65_HS1-834228961_62-HQ-83894_Section_6
Agency: FBI
Page 238
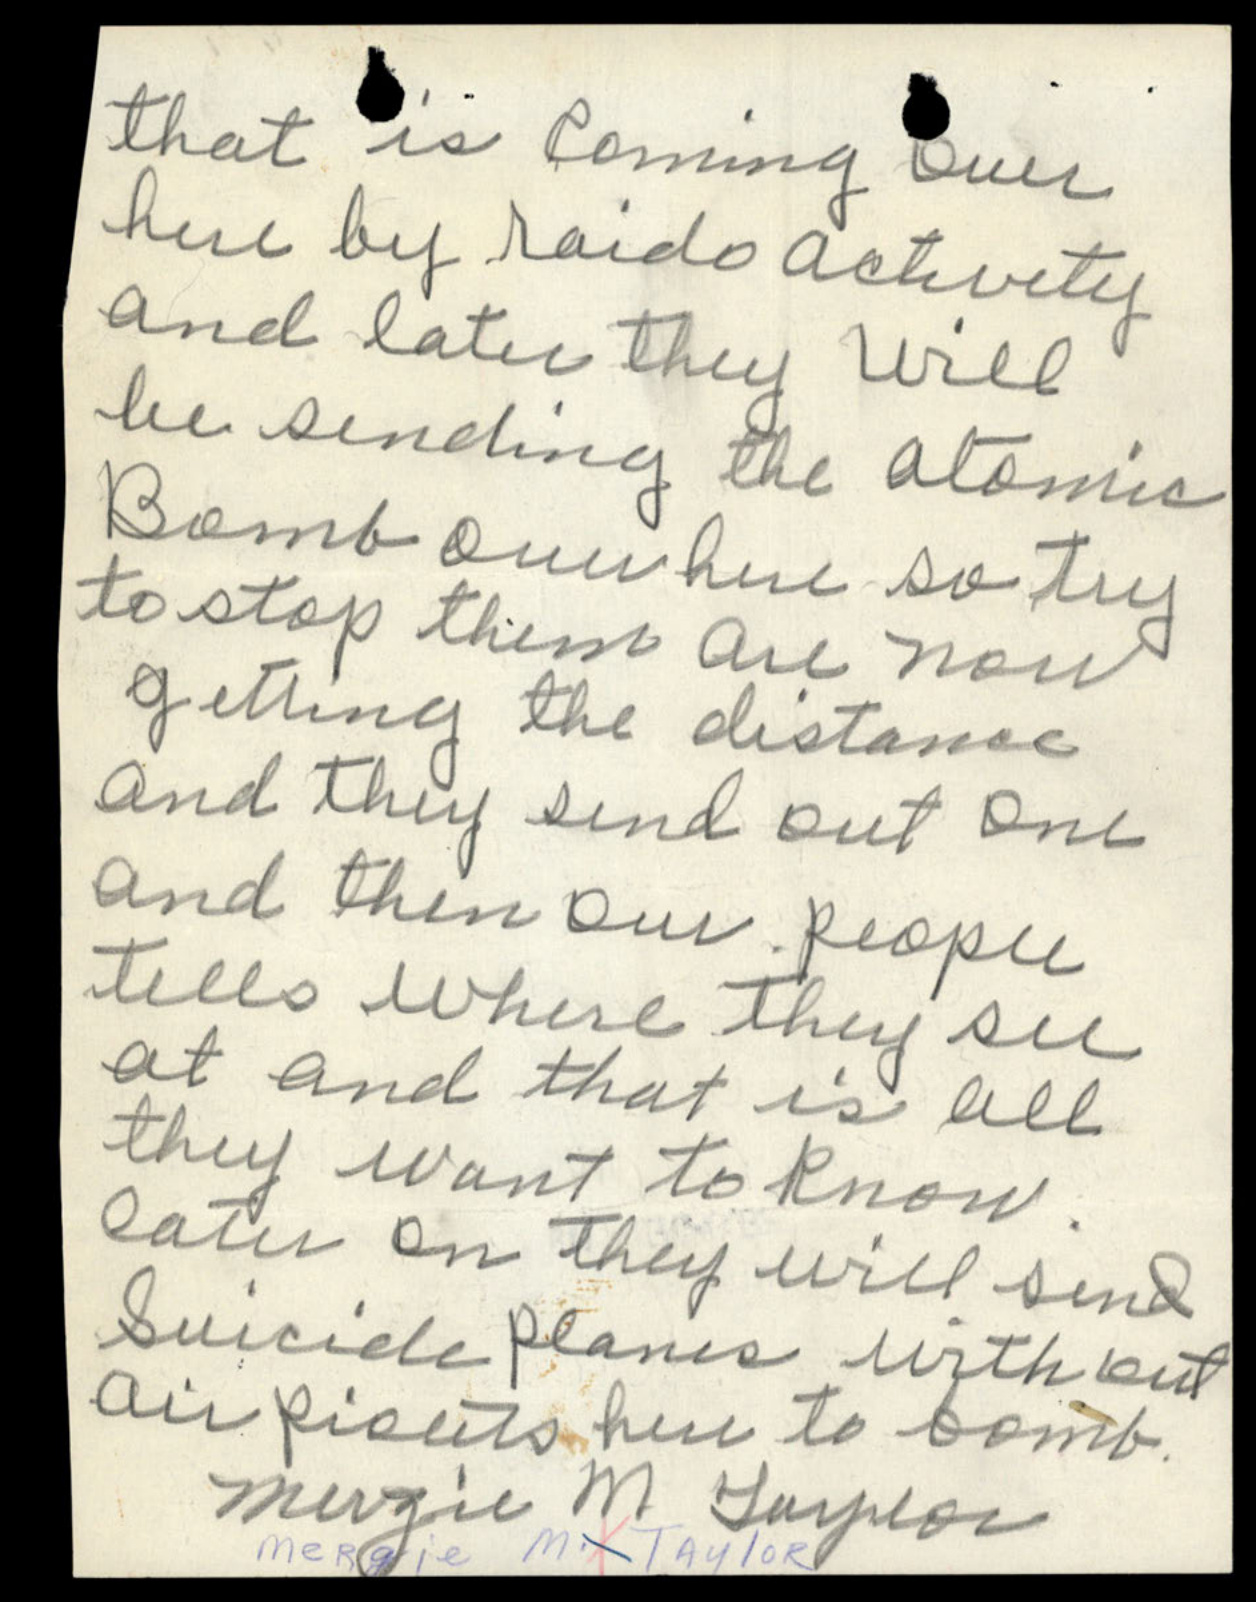